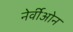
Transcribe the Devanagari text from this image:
नेर्वीओन